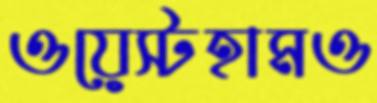
ওয়েস্টহামও